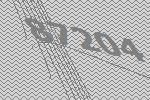
87204